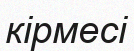
кірмесі